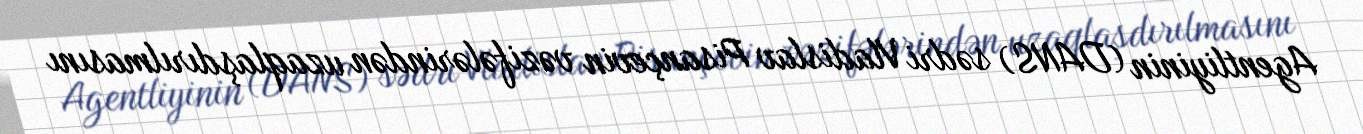
Agentliyinin (DANS) sədri Vladislav Pisançevin vəzifələrindən uzaqlaşdırılmasını